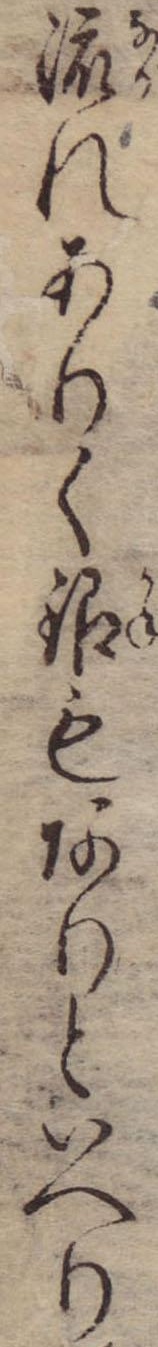
流れありく銀もありといへり